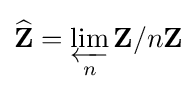
{\widehat {\mathbf {Z} }}=\varprojlim _{n}\mathbf {Z} /n\mathbf {Z}